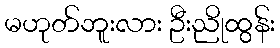
မဟုတ်ဘူးလား ဦးညိုထွန်း